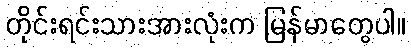
တိုင်းရင်းသားအားလုံးက မြန်မာတွေပါ။